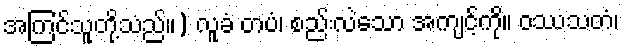
အကြင်သူတို့သည်။) လူခံ တပံ၊ စည်းလဲသော အကျင့်ကို။ ဝဿသတံ၊